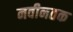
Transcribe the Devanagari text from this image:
नवीनतक